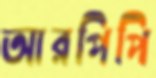
আরপিপি